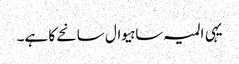
یہی المیہ ساہیوال سانحے کا ہے۔